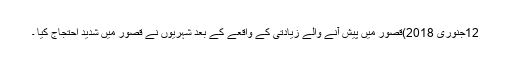
12جنوری 2018)قصور میں پیش آنے والے زیادتی کے واقعے کے بعد شہریوں نے قصور میں شدید احتجاج کیا ۔